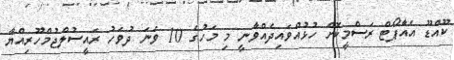
ކޫއްޑޫ އެއާޕޯޓް ރަސްމީކޮށް ހުޅުއްވައިދެއްވާނީ މި މަހުގެ 10 ވަނަ ދުވަހު ރައީސުލްޖުމްހޫރިއްޔާ